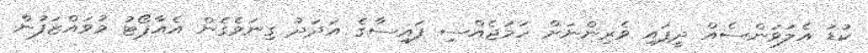
ކުޑަ އެލަވަންސެއް ދީފައި ވެރިންނަށް ހަމަޖެއްސި ފައިސާގެ އަދަދު ގިނަވެގެން އެއާޕޯޓު މުވައްޒަފުން